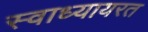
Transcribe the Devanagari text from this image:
स्वाध्यायरत